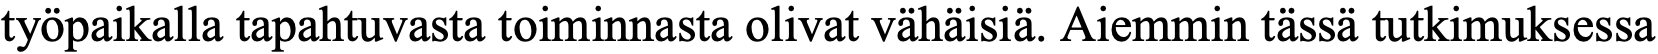
työpaikalla tapahtuvasta toiminnasta olivat vähäisiä. Aiemmin tässä tutkimuksessa